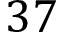
3 7